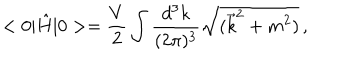
< 0 | \hat { H } | 0 > = \frac { V } { 2 } \int \frac { d ^ { 3 } k } { ( 2 \pi ) ^ { 3 } } \sqrt { ( \vec { k } ^ { 2 } + m ^ { 2 } ) } \, ,